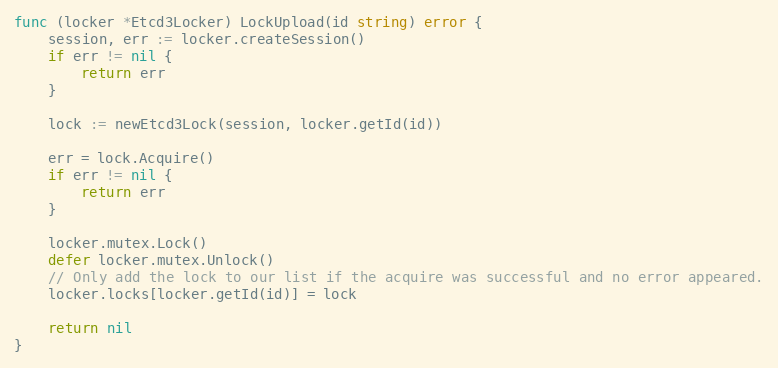
Language: Go
func (locker *Etcd3Locker) LockUpload(id string) error {
	session, err := locker.createSession()
	if err != nil {
		return err
	}

	lock := newEtcd3Lock(session, locker.getId(id))

	err = lock.Acquire()
	if err != nil {
		return err
	}

	locker.mutex.Lock()
	defer locker.mutex.Unlock()
	// Only add the lock to our list if the acquire was successful and no error appeared.
	locker.locks[locker.getId(id)] = lock

	return nil
}